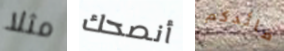
مثلا أنصحك قائدكم